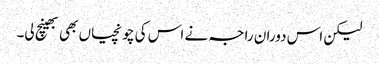
لیکن اس دوران راجہ نے اس کی چونچیاں بھی بھینچ لی۔